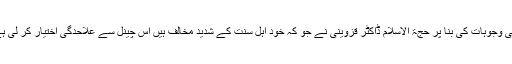
انہی وجوہات کی بنا پر حجۃ الاسلام ڈاکٹر قزوینی نے جو کہ خود اہل سنت کے شدید مخالف ہیں اس چینل سے علاحدگی اختیار کر لی ہے۔